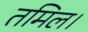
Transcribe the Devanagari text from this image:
तमिल।